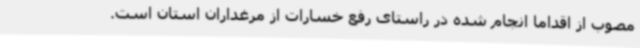
مصوب از اقداما انجام شده در راستای رفع خسارات از مرغداران استان است.